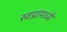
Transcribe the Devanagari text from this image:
स्वप्नामध्ये